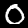
Digit: 0